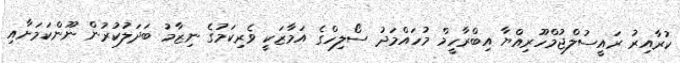
ކުރާއިރު ރައީސުލްޖުމްހޫރިއްޔާ އިބްރާހީމް މުހައްމަދު ސޯލިހްގެ އަމާޒަކީ ވެރިކަމުގެ ނިޒާމު ބަދަލުކުރުން ނޫންކަަމަށާއި